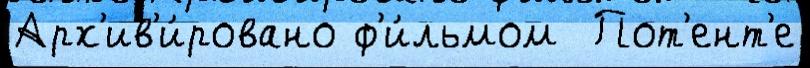
Арх'ив'и́ровано ф'и́льмом  Пот'ент'е